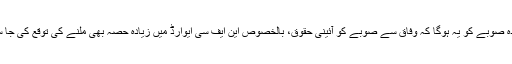
اس کا فائدہ صوبے کو یہ ہوگا کہ وفاق سے صوبے کو آئینی حقوق، بالخصوص این ایف سی ایوارڈ میں زیادہ حصہ بھی ملنے کی توقع کی جا سکتی ہے۔